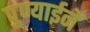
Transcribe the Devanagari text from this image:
पुण्याईनें